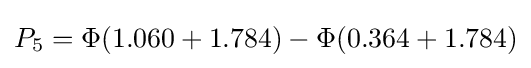
P_{5}=\Phi (1.060+1.784)-\Phi (0.364+1.784)